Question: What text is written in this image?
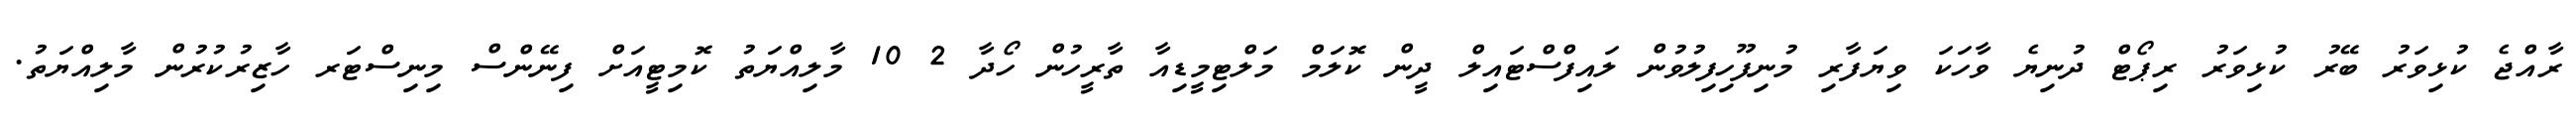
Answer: ރާއްޖެ ކުޅިވަރު ބޭރު ކުޅިވަރު ރިޕޯޓް ދުނިޔެ ވާހަކަ ވިޔަފާރި މުނިފޫހިފިލުވުން ލައިފްސްޓައިލް ދީން ކޮލަމް މަލްޓިމީޑިއާ ތާރީހުން ހޯދާ 2 10 މާލިއްޔަތު ކޮމިޓީއަށް ފިނޭންސް މިނިސްޓަރ ހާޒިރުކުރުން މާލިއްޔަތު.